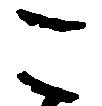
こ